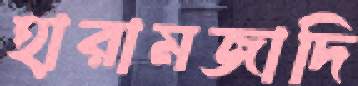
হারামজাদি